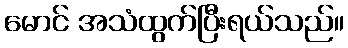
မောင် အသံထွက်ပြီးရယ်သည်။